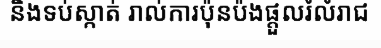
និងទប់ស្កាត់ រាល់ការប៉ុនប៉ងផ្តួលរំលំរាជ